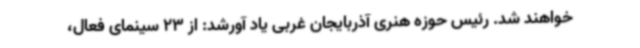
خواهند شد. رئیس حوزه هنری آذربایجان غربی یاد آورشد: از 23 سینمای فعال،